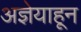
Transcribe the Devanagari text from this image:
अज्ञेयाहून